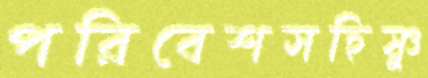
পরিবেশসহিষ্ণু